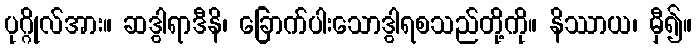
ပုဂ္ဂိုလ်အား။ ဆဒွါရာဒီနိ၊ ခြောက်ပါးသောဒွါရစသည်တို့ကို။ နိဿာယ၊ မှီ၍။